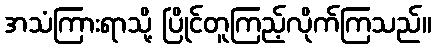
အသံကြားရာသို့ ပြိုင်တူကြည့်လိုက်ကြသည်။